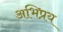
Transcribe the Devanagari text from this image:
अभिप्रय